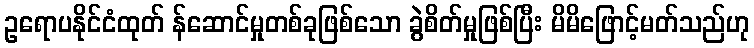
ဥရောပနိုင်ငံထုတ် န်ဆောင်မှုတစ်ခုဖြစ်သော ခွဲစိတ်မှုဖြစ်ပြီး မိမိဖြောင့်မတ်သည်ဟု